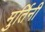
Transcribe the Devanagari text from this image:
मुर्तिनी